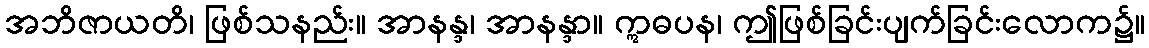
အဘိဇာယတိ၊ ဖြစ်သနည်း။ အာနန္ဒ၊ အာနန္ဒာ။ ဣဓပန၊ ဤဖြစ်ခြင်းပျက်ခြင်းလောက၌။